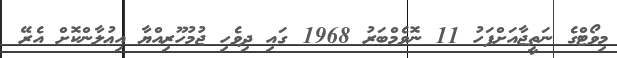
މިވޯޓްގެ ނަތީޖާއަށްފަހު 11 ނޮވެމްބަރު 1968 ގައި ދިވެހި ޖުމުހޫރިއްޔާ އިޢުލާންކޮށް އެރޭ